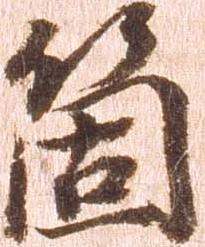
箇